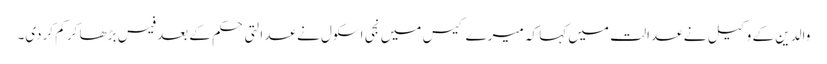
والدین کے وکیل نے عدالت میں کہا کہ میرے کیس میں نجی اسکول نے عدالتی حکم کے بعد فیس بڑھا کر کم کردی۔